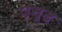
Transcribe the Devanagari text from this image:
पन्द